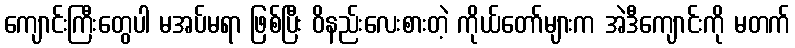
ကျောင်းကြီးတွေပါ မအပ်မရာ ဖြစ်ပြီး ဝိနည်းလေးစားတဲ့ ကိုယ်တော်များက အဲဒီကျောင်းကို မတက်